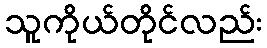
သူကိုယ်တိုင်လည်း